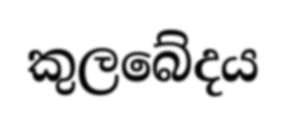
කුලබේදය